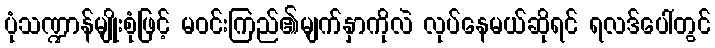
ပုံသဏ္ဍာန်မျိုးစုံဖြင့် မဝင်းကြည်၏မျက်နှာကိုလဲ လုပ်နေမယ်ဆိုရင် ရလဒ်ပေါ်တွင်